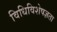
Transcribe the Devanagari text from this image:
विधिविशेषज्ञता